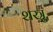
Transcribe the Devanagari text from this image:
शस्त्रु